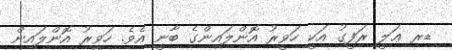
ޑރ ޢަލީ ރަފީގު އަކީ ހަވީރު އޮންލައިންގެ ބާނީ އެވެ. ހަވީރު އޮންލައިން